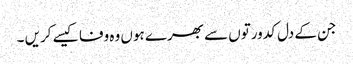
جن کے دل کدورتوں سے بھرے ہوں وہ وفا کیسے کریں ۔